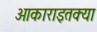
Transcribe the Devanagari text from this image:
आकाराइतक्या